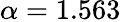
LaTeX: \alpha=1.563